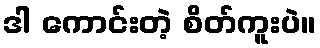
ဒါ ကောင်းတဲ့ စိတ်ကူးပဲ။